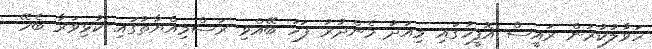
ހަވާލުކުރަން ރައީސް އޮފީހުގައި މިއަދު މެންދުރު ފަހު ބޭއްވި ރަސްމިއްޔާތުގައި ކުޅިވަރާ ބެހޭ